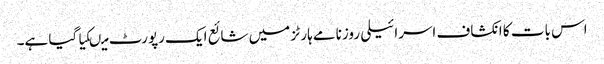
اس بات کا انکشاف اسرائیلی روزنامے ہارٹز میں شائع ایک رپورٹ میںکیاگیا ہے۔